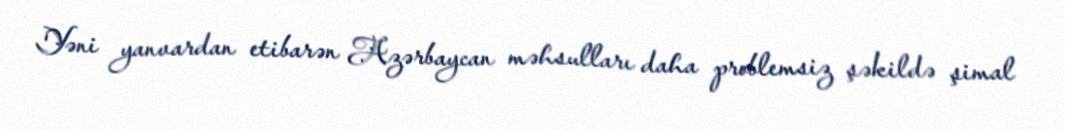
Yəni yanvardan etibarən Azərbaycan məhsulları daha problemsiz şəkildə şimal